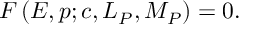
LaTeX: { \cal F } \left( E , p ; c , { \cal L } _ { P } , { \cal M } _ { P } \right) = 0 .